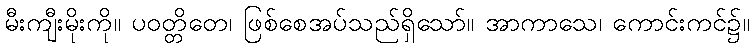
မီးကျီးမိုးကို။ ပဝတ္တိတေ၊ ဖြစ်စေအပ်သည်ရှိသော်။ အာကာသေ၊ ကောင်းကင်၌။